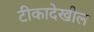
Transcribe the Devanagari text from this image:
टीकादेखील